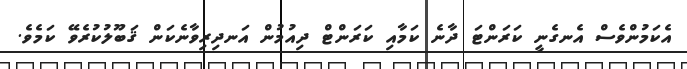
އެކަމުންވެސް އެނގެނީ ކަރަންޓަ ދާނެ ކަމާއި ކަރަންޓް ދިއުމުން އަނދިރިވާނެކަން ޤަބޫލުކުރެވޭ ކަމެވެ.